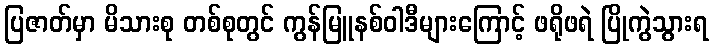
ပြဇာတ်မှာ မိသားစု တစ်စုတွင် ကွန်မြူနစ်ဝါဒီများကြောင့် ဖရိုဖရဲ ပြိုကွဲသွားရ